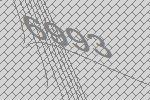
6993